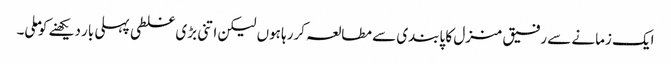
ایک زمانے سے رفیق منزل کا پابندی سے مطالعہ کررہا ہوں لیکن اتنی بڑی غلطی پہلی بار دیکھنے کو ملی۔